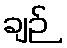
ချဉ်